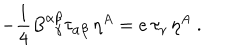
LaTeX: - { \frac { 1 } { 4 } } B _ { ~ ~ \gamma } ^ { \alpha \beta } \tau _ { \alpha \beta } \, \eta ^ { A } = e \, \tau _ { \gamma } \, \eta ^ { A } ~ .